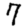
Digit: 7